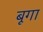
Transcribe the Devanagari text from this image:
बूगा